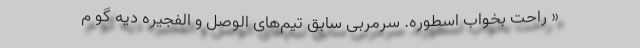
« راحت بخواب اسطوره. سرمربی سابق تیم‌های الوصل و الفجیره دیه گو م